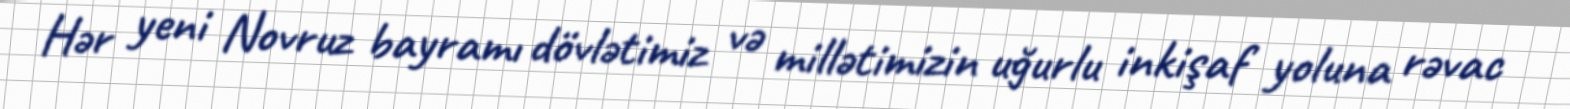
Hər yeni Novruz bayramı dövlətimiz və millətimizin uğurlu inkişaf yoluna rəvac